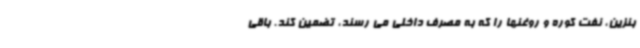
بنزین، نفت کوره و روغنها را که به مصرف داخلی می رسند، تضمین کند. باقی